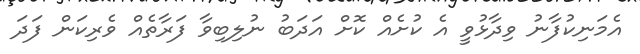
އެމަނިކުފާނު ވިދާޅުވީ އެ ކުށެއް ކޮށް އަދަބު ނުލިބިވާ ފަރާތެއް ވެރިކަން ފަދަ